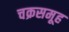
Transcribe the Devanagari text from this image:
चक्रसमूह